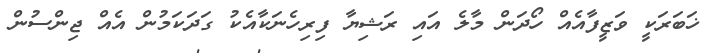
ޚަބަރަކީ ވަޒީފާއެއް ހޯދަން މާލެ އައި ރަޝިޔާ ފިރިހެނަކާއެކު ގަދަކަމުން އެއް ޖިންސުން